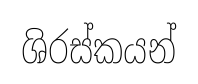
ශිරස්කයන්